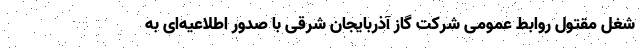
شغل مقتول روابط عمومی شرکت گاز آذربایجان شرقی با صدور اطلاعیه‌ای به